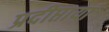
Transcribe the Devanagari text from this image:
प्रदीप्तायां